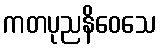
ကတပုညနိဝေသေ